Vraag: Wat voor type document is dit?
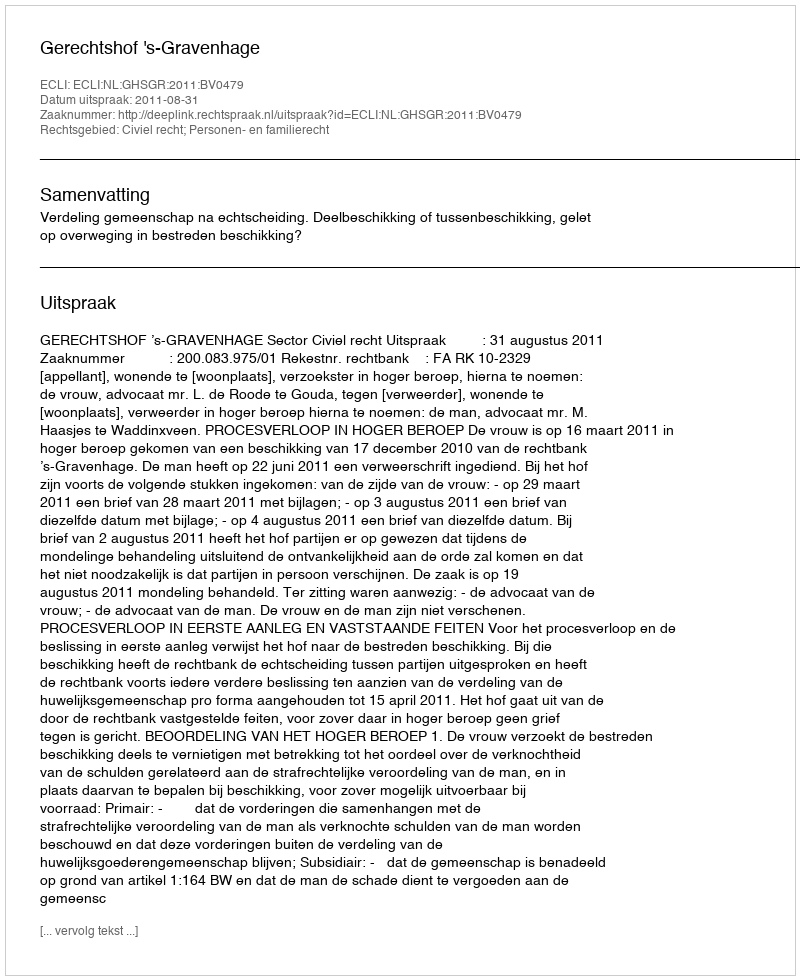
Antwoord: Uitspraak